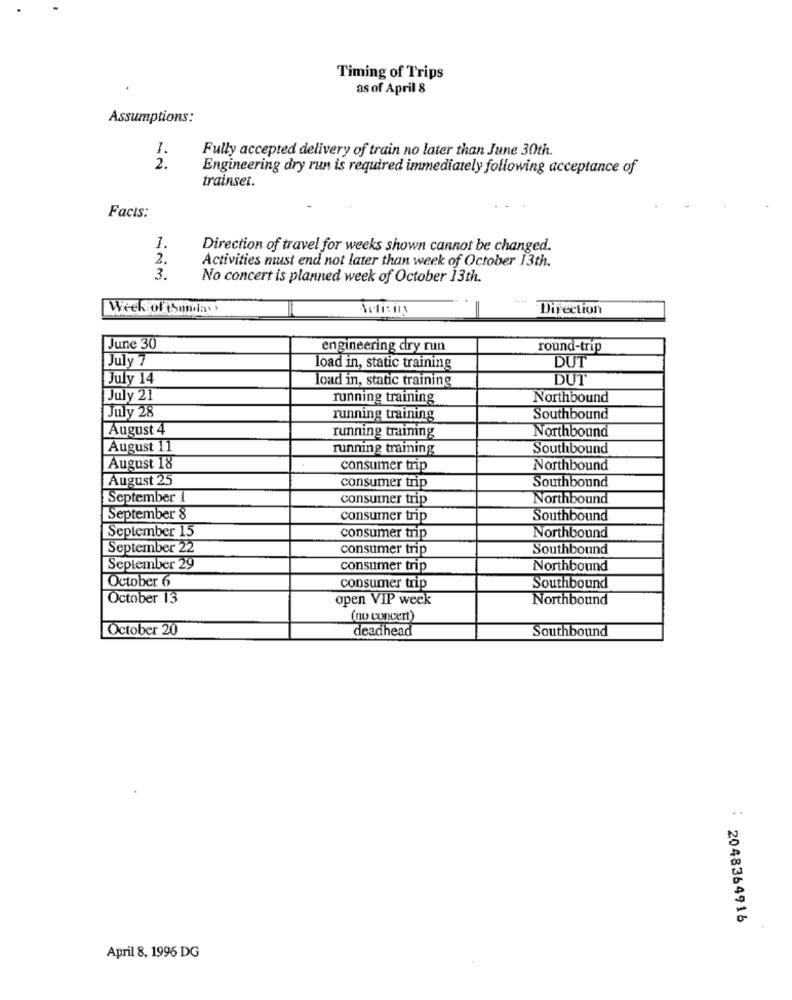
Timing of Trips
as of April 8
Assumptions:
1.
Fully accepted delivery of train no later than June 30th.
2.
Engineering dry run is required immediately following acceptance of
trainset.
Facts:
1.
Direction of travel for weeks shown cannot be changed.
2.
Activities must end not later than week of October 13th.
3.
No concert is planned week of October 13th.
Week of (sunday
Difection
June 30
engineering dry run
round-trip
July 7
DUT
load in, static training
July 14
load in, static training
DUT
July 21
running training
Northbound
July 28
running training
Southbound
August 4
running training
Northbound
August 11
running training
Southbound
August 18
consumer trip
Northbound
August 25
Southbound
consumer trip
September 1
consumer trip
Northbound
September 8
consumer trip
Southbound
September 15
consumer trip
Northbound
September 22
consumer trip
Southbound
September 29
consumer trip
Northbound
October 6
consumer trip
Southbound
October 13
open VIP week
Northbound
(nu concert)
October 20
deadhead
Southbound
..
2048364916
April 8, 1996 DG